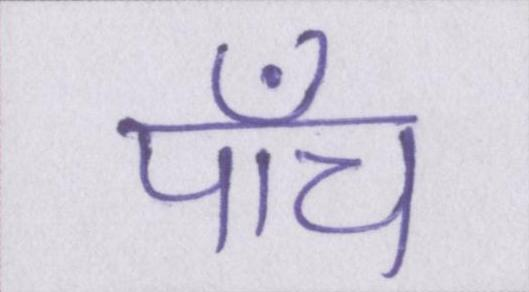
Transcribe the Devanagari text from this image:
पाँच